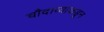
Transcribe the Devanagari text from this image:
चौदाव्याकडून